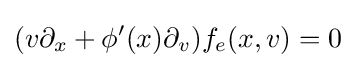
(v\partial _{x}+\phi '(x)\partial _{v})f_{e}(x,v)=0